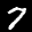
Label: 7